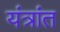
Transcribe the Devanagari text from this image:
यंत्रांत